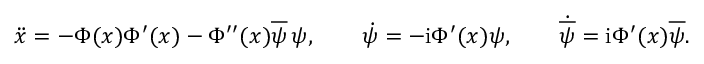
\ddot { x } = - \Phi ( x ) \Phi ^ { \prime } ( x ) - \Phi ^ { \prime \prime } ( x ) \overline { { { \psi } } } \, \psi , \qquad \dot { \psi } = - \mathrm { i } \Phi ^ { \prime } ( x ) \psi , \qquad \dot { \overline { { { \psi } } } } = \mathrm { i } \Phi ^ { \prime } ( x ) \overline { { { \psi } } } .